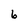
Character: 6